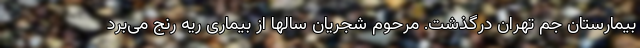
بیمارستان جم تهران درگذشت. مرحوم شجریان سالها از بیماری ریه رنج می‌برد